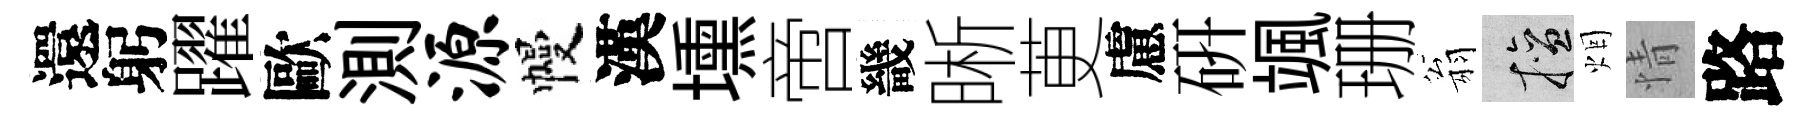
還躬躍歐測源幔漢壎啻畿晰茰慮硏颯珊翁擅烟情路